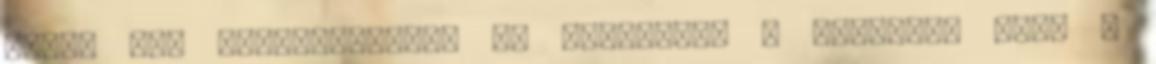
akkor egy bányaalaguton át kisiklott a vasgyürü alól s